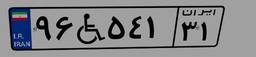
۹۶W۵۴۱۳۱